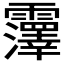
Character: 𫕵